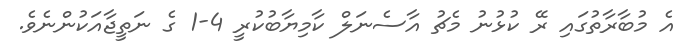
އެ މުބާރާތުގައި ރޭ ކުޅުނު މެޗު އާސެނަލް ކާމިޔާބުކުރީ 4-1 ގެ ނަތީޖާއަކުންނެވެ.